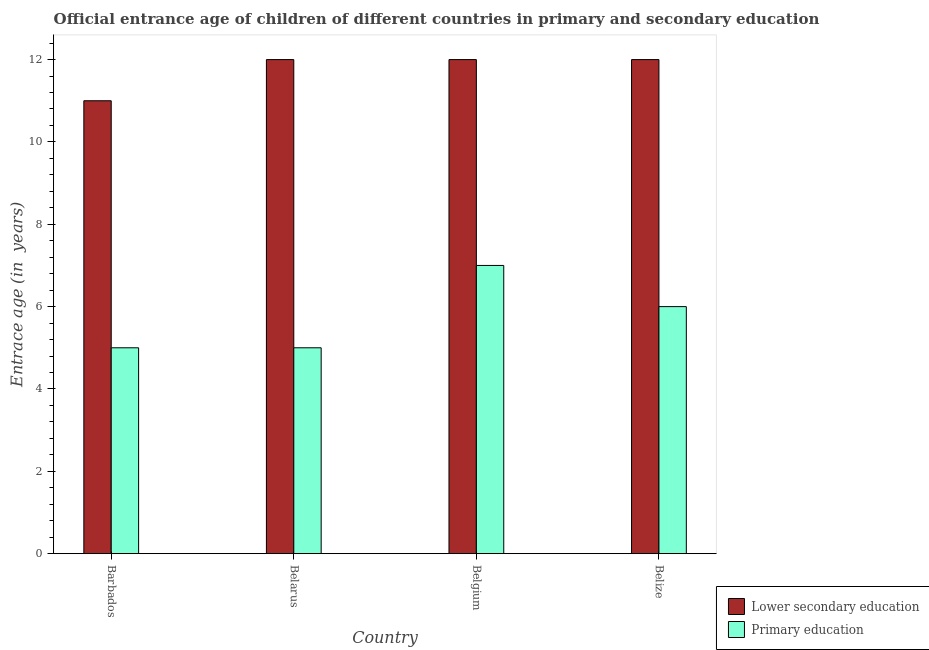
| Country | Lower secondary education | Primary education |
 | --- | --- | --- |
 | Barbados | 11 | 5 |
 | Belarus | 12 | 5 |
 | Belgium | 12 | 7 |
 | Belize | 12 | 6 |